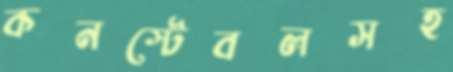
কনস্টেবলসহ